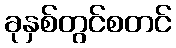
ခုနှစ်တွင်စတင်